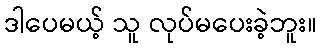
ဒါပေမယ့် သူ လုပ်မပေးခဲ့ဘူး။